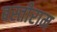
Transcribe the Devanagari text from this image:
बस्तीराम